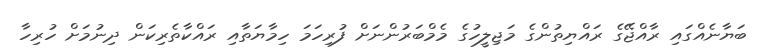
ބަޔާނެއްގައި ރާއްޖޭގެ ރައްޔިތުންގެ މަޖިލީހުގެ މެމްބަރުންނަށް ފުރިހަމަ ހިމާޔަތާއި ރައްކާތެރިކަން ދިނުމަށް ހުރިހާ